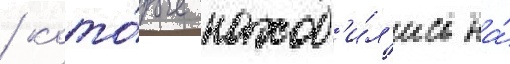
/ кото́рые наход'и́л'ись на́